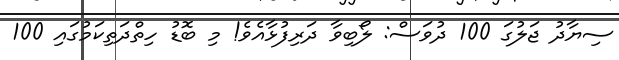
ސިޔާދު ޖަލުގަ 100 ދުވަސް: ލޯބިވާ ދަރިފުޅާއެވެ! މި ބޮޑު ހިތްދަތިކަމުގައި 100